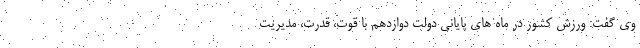
وی گفت: ورزش کشور در ماه های پایانی دولت دوازدهم با قوت، قدرت، مدیریت